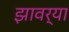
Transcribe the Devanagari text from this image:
झावर्‍या